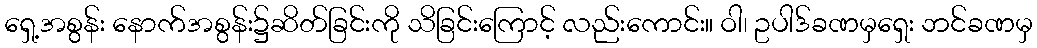
ရှေ့အစွန်း နောက်အစွန်း၌ဆိတ်ခြင်းကို သိခြင်းကြောင့် လည်းကောင်း။ ဝါ၊ ဥပါဒ်ခဏမှရှေး ဘင်ခဏမှ